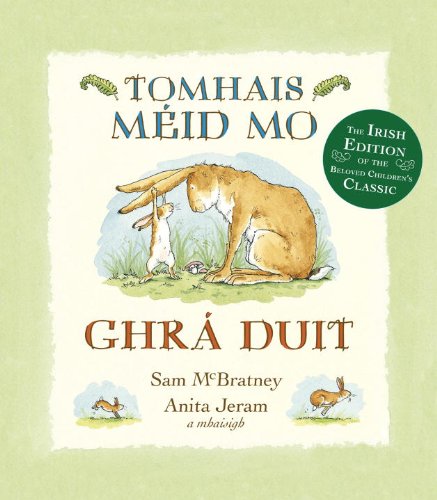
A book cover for Tomhais MÃ©id Mo GhrÃ¡ Duit (Guess How Much I Love You in Irish) (Irish Edition); Sam McBratney; Children's Books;